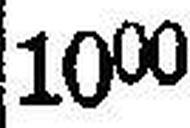
1000